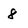
Character: 8